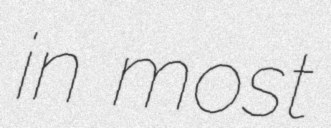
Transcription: in most